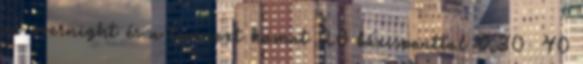
az overnight és a tomnext kamat 20 bázisponttal 9,30 40